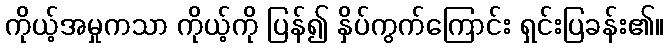
ကိုယ့်အမှုကသာ ကိုယ့်ကို ပြန်၍ နှိပ်ကွက်ကြောင်း ရှင်းပြခန်း၏။